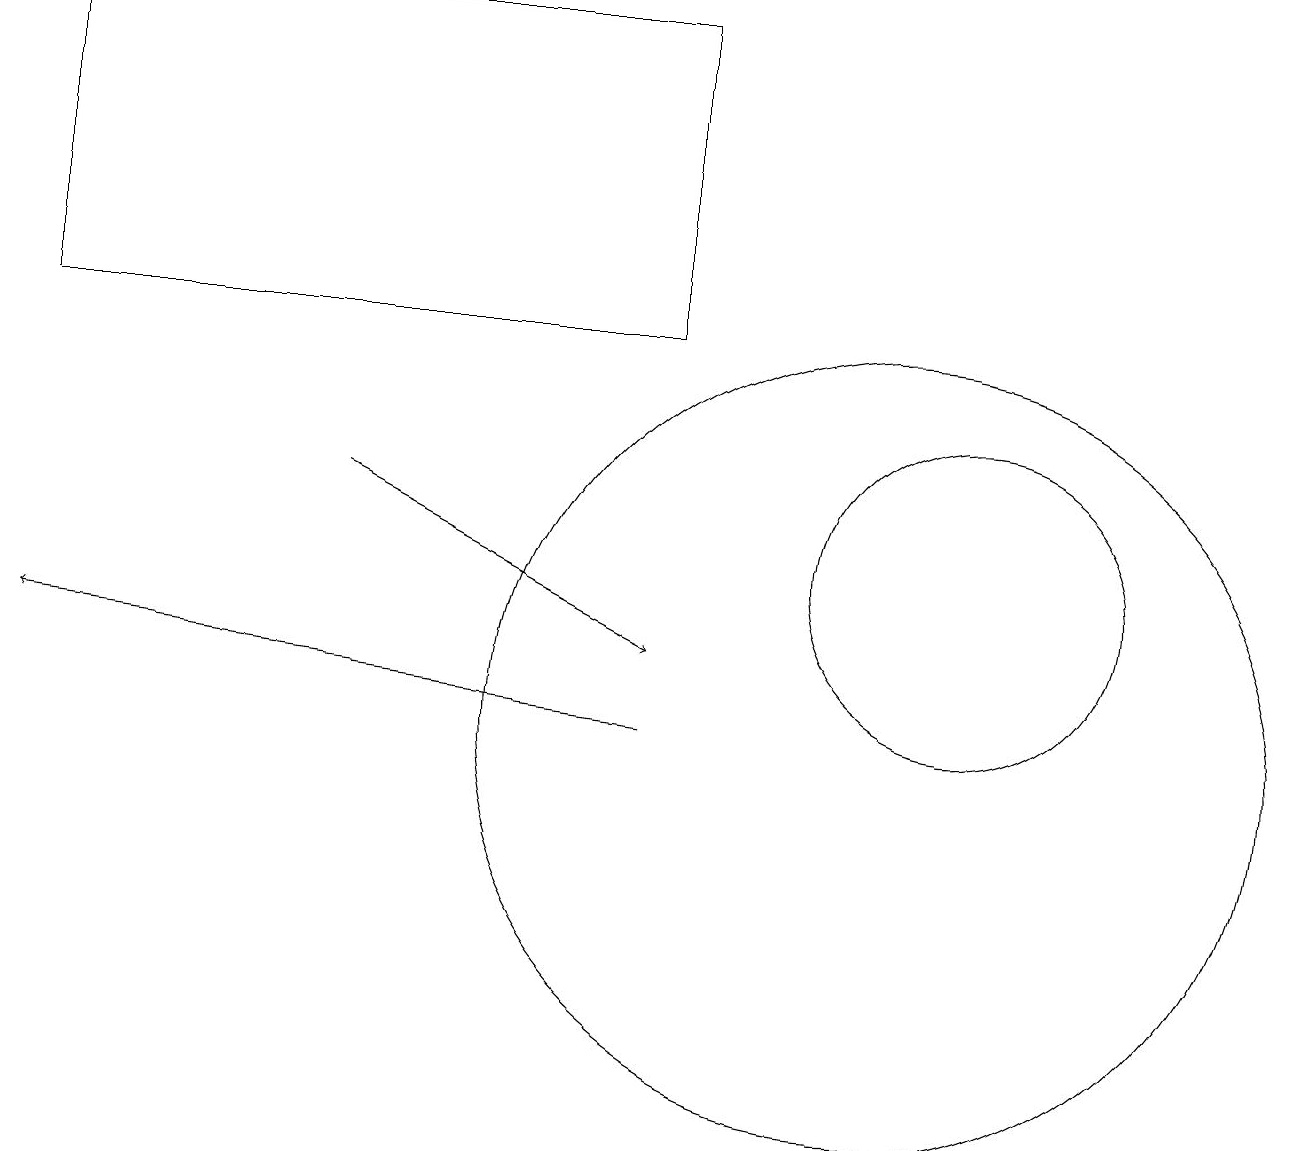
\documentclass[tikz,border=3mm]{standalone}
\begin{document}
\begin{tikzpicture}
\draw (0,15) rectangle (8,19);
\draw[->] (8,10) -- (0,11);
\draw (12,12) circle (2);
\draw[->] (4,13) -- (8,11);
\draw (11,10) circle (5);
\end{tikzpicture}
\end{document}